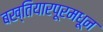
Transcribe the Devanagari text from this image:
बख्तियारपूरमधून